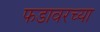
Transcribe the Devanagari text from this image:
फडावरच्या